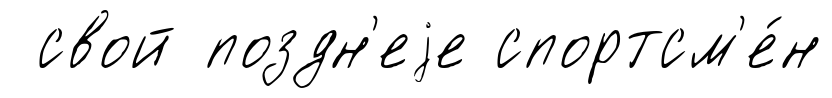
свой поздн'еjе спортсм'е́н